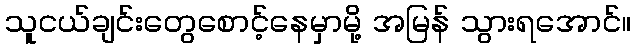
သူငယ်ချင်းတွေစောင့်နေမှာမို့ အမြန် သွားရအောင်။